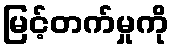
မြင့်တက်မှုကို